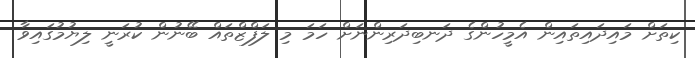
ކިތަށް މައިދައިތައިން އެމީހުންގެ ދަނބިދަރިންނަށް ހަމަ މި ލަފްޒްތައް ބޭނުން ކުރަނީ ލިޔުމުގައިވާ